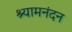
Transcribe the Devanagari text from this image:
श्यामनंदन